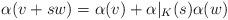
LaTeX: \begin{align*} \alpha(v+sw)=\alpha(v)+\alpha\rvert_K(s)\alpha(w)\end{align*}